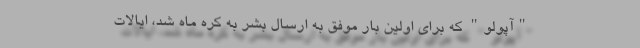
"آپولو" که برای اولین بار موفق به ارسال بشر به کره ماه شد، ایالات